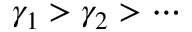
\gamma _ { 1 } > \gamma _ { 2 } > \cdots